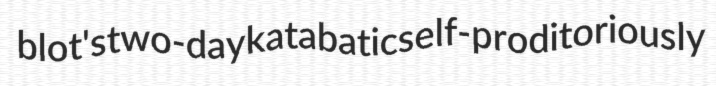
blot's two-day katabatic self-proditoriously